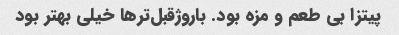
پیتزا بی طعم و مزه بود. باروژقبل‌تر‌ها خیلی بهتر بود